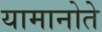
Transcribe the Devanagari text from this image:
यामानोते